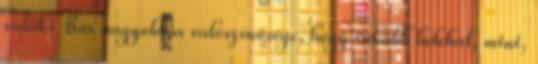
valaki Bár nagyobb a valószínűsége, hogy inkább belehal, mint,